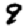
Digit: 9